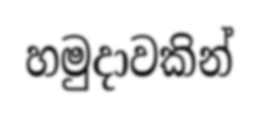
හමුදාවකින්